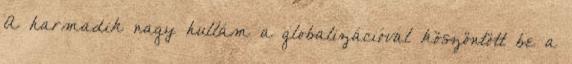
A harmadik nagy hullám a globalizációval köszöntött be a